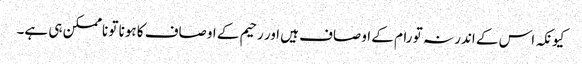
کیونکہ اس کے اندر نہ تو رام کے اوصاف ہیں اور رحیم کے اوصاف کا ہونا تو ناممکن ہی ہے۔